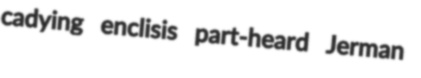
cadying enclisis part-heard Jerman